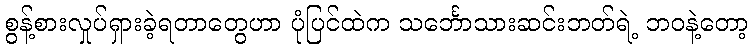
စွန့်စားလှုပ်ရှားခဲ့ရတာတွေဟာ ပုံပြင်ထဲက သင်္ဘောသားဆင်းဘတ်ရဲ့ ဘဝနဲ့တော့